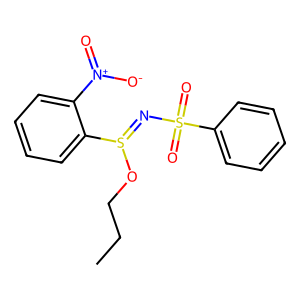
SMILES: CCCOS(=NS(=O)(=O)c1ccccc1)c1ccccc1[N+](=O)[O-]
Inhibits HIV replication: No